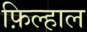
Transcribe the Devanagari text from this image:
फ़िल्हाल